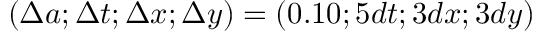
( \Delta a ; \Delta t ; \Delta x ; \Delta y ) = ( 0 . 1 0 ; 5 d t ; 3 d x ; 3 d y )